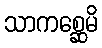
သာကစ္ဆေမိ